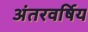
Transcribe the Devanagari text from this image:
अंतरवर्षिय